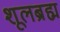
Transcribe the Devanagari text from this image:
शूलब्रह्म